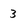
Character: 3